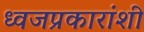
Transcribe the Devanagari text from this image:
ध्वजप्रकारांशी